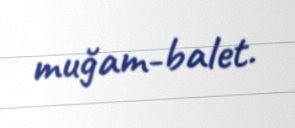
muğam-balet.